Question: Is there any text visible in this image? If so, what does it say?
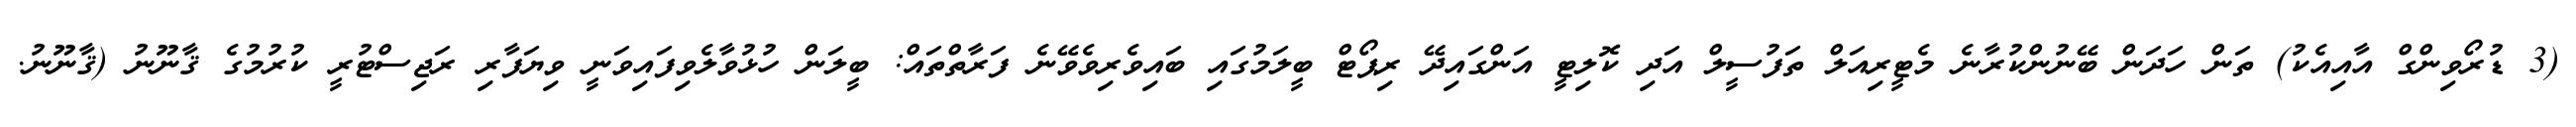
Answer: (3 ޑުރޯވިންގް އާއިއެކު) ތަން ހަދަން ބޭނުންކުރާނެ މެޓީރިއަލް ތަފުސީލް އަދި ކޮލިޓީ އަންގައިދޭ ރިޕޯޓް ބީލަމުގައި ބައިވެރިވެވޭނެ ފަރާތްތައް: ބީލަން ހުޅުވާލެވިފައިވަނީ ވިޔަފާރި ރަޖިސްޓުރީ ކުރުމުގެ ޤާނޫނު (ޤާނޫނު.